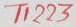
Text: T1223